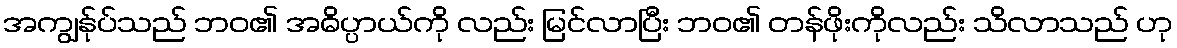
အကျွန်ုပ်သည် ဘဝ၏ အဓိပ္ပာယ်ကို လည်း မြင်လာပြီး ဘဝ၏ တန်ဖိုးကိုလည်း သိလာသည် ဟု